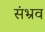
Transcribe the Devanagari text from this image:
संभ्रव